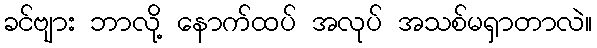
ခင်ဗျား ဘာလို့ နောက်ထပ် အလုပ် အသစ်မရှာတာလဲ။